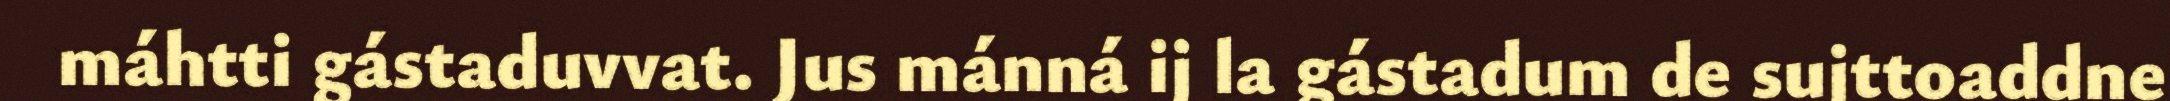
máhtti gástaduvvat. Jus mánná ij la gástadum de sujttoaddne